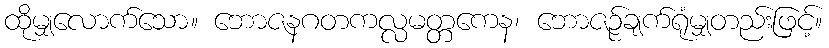
ထိုမျှလောက်သော။ ဘောဇနဂတကလ္လမတ္တကေန၊ ဘောဇဉ်ချက်ရုံမျှတည်းဖြင့်။